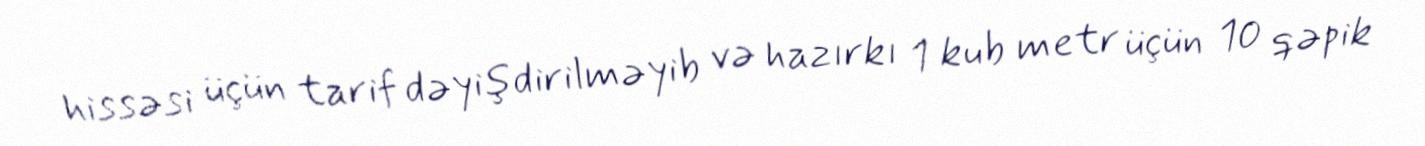
hissəsi üçün tarif dəyişdirilməyib və hazırkı 1 kub metr üçün 10 qəpik